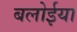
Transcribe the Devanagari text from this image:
बलोईया